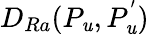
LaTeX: D_{Ra}(P_{\mathit{u}},P_{\mathit{u}}^{'})